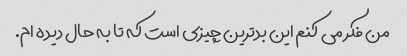
من فکر می کنم این بدترین چیزی است که تا به حال دیده ام.